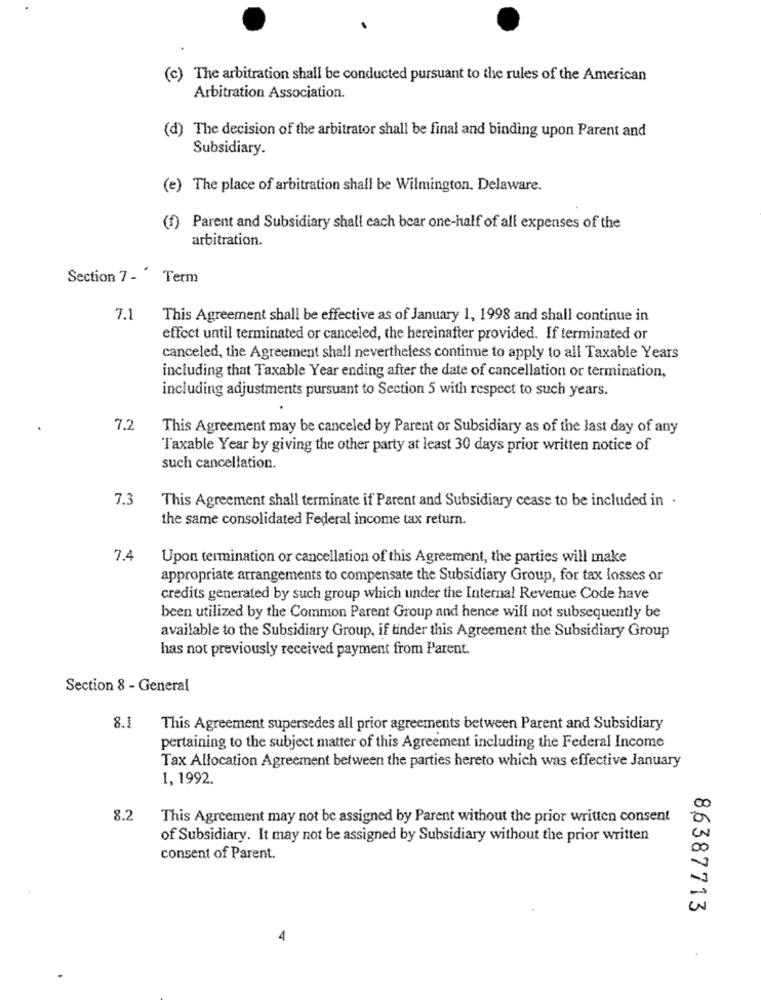
(c) The arbitration shall be conducted pursuant to the rules of the American
Arbitration Association.
(d) The decision of the arbitrator shall be final and binding upon Parent and
Subsidiary.
(e) The place of arbitration shall be Wilmington. Delaware.
(f) Parent and Subsidiary shall each bear one-half of all expenses of the
arbitration.
Section 7 - Term
7.1
This Agreement shall be effective as of January 1, 1998 and shall continue in
effect until terminated or canceled, the hereinafter provided. If terminated or
canceled, the Agreement shall nevertheless continue to apply to all Taxable Years
including that Taxable Year ending after the date of cancellation or termination,
including adjustments pursuant to Section 5 with respect to such years.
7.2
This Agreement may be canceled by Parent or Subsidiary as of the last day of any
Taxable Year by giving the other party at least 30 days prior written notice of
such cancellation.
7.3
This Agreement shall terminate if Parent and Subsidiary cease to be included in .
the same consolidated Federal income tax return.
7.4
Upon termination or cancellation of this Agreement, the parties will make
appropriate arrangements to compensate the Subsidiary Group, for tax losses or
credits generated by such group which under the Internal Revenue Code have
been utilized by the Common Parent Group and hence will not subsequently be
available to the Subsidiary Group, if tinder this Agreement the Subsidiary Group
has not previously received payment from Parent.
Section 8 - General
8.1
This Agreement supersedes all prior agreements between Parent and Subsidiary
pertaining to the subject matter of this Agreement including the Federal Income
Tax Allocation Agreement between the parties hereto which was effective January
1, 1992.
8.2
This Agreement may not be assigned by Parent without the prior written consent
of Subsidiary. It may not be assigned by Subsidiary without the prior written
consent of Parent.
86387713